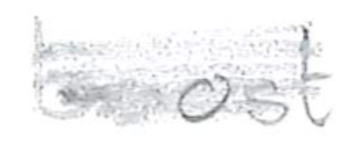
Text: boost
Cross-out: scratch
Writing tool: pencil